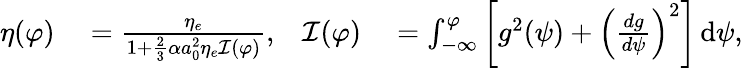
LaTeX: \begin{array}{rlrl}{\eta(\varphi)}&{{}=\frac{\eta_{e}}{1+\frac{2}{3}\alpha a_{0}^{2}\eta_{e}\mathcal{I}(\varphi)},}&{\mathcal{I}(\varphi)}&{{}=\int_{-\infty}^{\varphi}\left[g^{2}(\psi)+\left(\frac{dg}{d\psi}\right)^{2}\right]\, \mathrm{d}\psi,}\end{array}